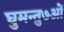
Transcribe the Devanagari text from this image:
घुमन्तु७ओं